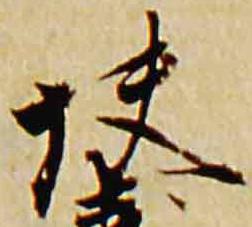
快